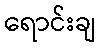
ရောင်းချ